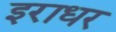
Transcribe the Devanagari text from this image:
इराधर